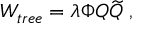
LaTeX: W _ { t r e e } = \lambda \Phi Q { \widetilde Q } ~ ,